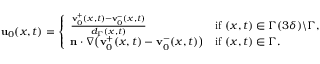
\begin{array} { r } { \mathbf { u } _ { 0 } ( x , t ) = \left\{ \begin{array} { l l } { \frac { \mathbf { v } _ { 0 } ^ { + } ( x , t ) - \mathbf { v } _ { 0 } ^ { - } ( x , t ) } { d _ { \Gamma } ( x , t ) } } & { \mathrm { i f ~ } ( x , t ) \in \Gamma ( 3 \delta ) \backslash \Gamma , } \\ { \mathbf { n } \cdot \nabla \big ( \mathbf { v } _ { 0 } ^ { + } ( x , t ) - \mathbf { v } _ { 0 } ^ { - } ( x , t ) \big ) } & { \mathrm { i f ~ } ( x , t ) \in \Gamma . } \end{array} \right. } \end{array}